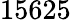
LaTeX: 15625